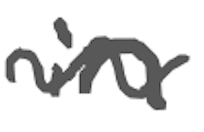
Text: in
Cross-out: wave
Writing tool: digital_gray